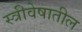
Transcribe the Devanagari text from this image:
स्त्रीवेषातील